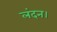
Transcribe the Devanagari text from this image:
लंदन।